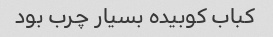
کباب کوبیده بسیار چرب بود